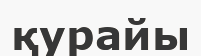
қурайы